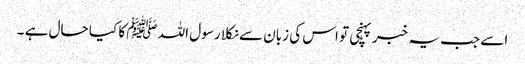
اسے جب یہ خبر پہنچی تو اس کی زبان سے نکلا رسول اللہ ﷺ کا کیا حال ہے ۔